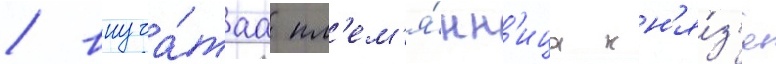
/ внуча́таа пл'ем'я́нн'ица кн'я́з'я